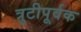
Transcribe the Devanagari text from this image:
त्रुटीपूर्वक